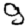
Digit: 9